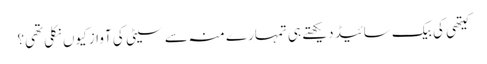
کیتھی کی بیک سائیڈ دیکھتے ہی تمہارے منہ سے سیٹی کی آواز کیوں نکلی تھی؟